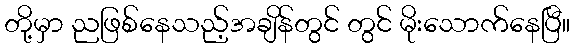
တို့မှာ ညဖြစ်နေသည့်အချိန်တွင် တွင် မိုးသောက်နေပြီ။